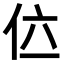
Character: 𠇸